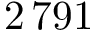
2 \, 7 9 1